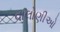
વાલોણીઓ